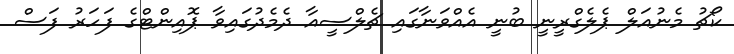
ކޯޗު މެނުއަލް ޕެލެގްރީނީ ބުނީ އެއްވަނާގައި ޗެލްސީއާ ދެމެދުގައިވާ ޕޮއިންޓްގެ ފަހަރު ފަސް